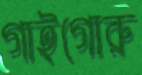
গাইগোরু